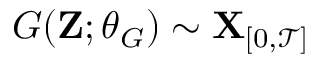
G ( \mathbf { Z } ; \theta _ { G } ) \sim \mathbf { X } _ { [ 0 , \mathcal { T } ] }